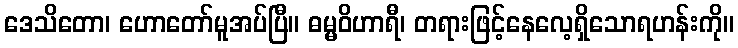
ဒေသိတော၊ ဟောတော်မူအပ်ပြီ။ ဓမ္မဝိဟာရီ၊ တရားဖြင့်နေလေ့ရှိသောရဟန်းကို။